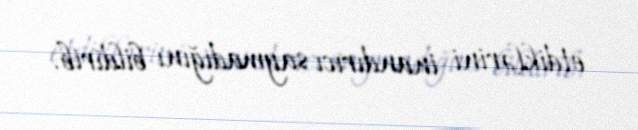
etdiklərini inandırıcı saymadığını bildirib.